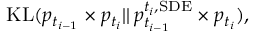
\begin{array} { r } { \mathrm { K L } ( p _ { t _ { i - 1 } } \times p _ { t _ { i } } | | \, p _ { t _ { i - 1 } } ^ { t _ { i } , \mathrm { S D E } } \times p _ { t _ { i } } ) , } \end{array}